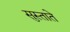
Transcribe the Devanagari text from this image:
सुस्ताते